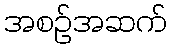
အစဉ်အဆက်